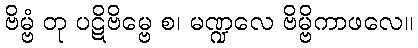
ဗိမ္ဗံ တု ပဋိဗိမ္ဗေ စ၊ မဏ္ဍလေ ဗိမ္ဗိကာဖလေ။